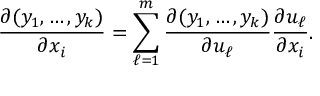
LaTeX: { \frac { \partial ( y _ { 1 } , \ldots , y _ { k } ) } { \partial x _ { i } } } = \sum _ { \ell = 1 } ^ { m } { \frac { \partial ( y _ { 1 } , \ldots , y _ { k } ) } { \partial u _ { \ell } } } { \frac { \partial u _ { \ell } } { \partial x _ { i } } } .